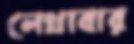
লেখাবার